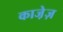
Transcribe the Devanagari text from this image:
काजे़ज़